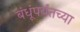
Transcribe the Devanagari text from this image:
बंधूंपर्यंतच्या